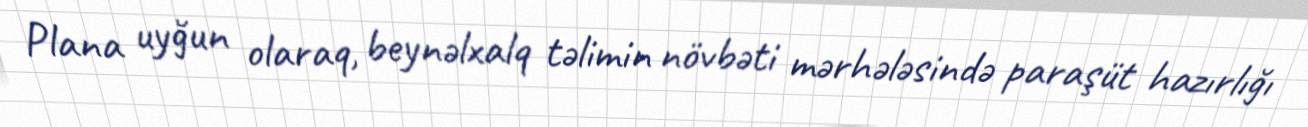
Plana uyğun olaraq, beynəlxalq təlimin növbəti mərhələsində paraşüt hazırlığı